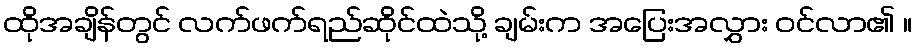
ထိုအချိန်တွင် လက်ဖက်ရည်ဆိုင်ထဲသို့ ချမ်းက အပြေးအလွှား ဝင်လာ၏ ။